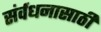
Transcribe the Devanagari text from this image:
संर्वधनासाठी